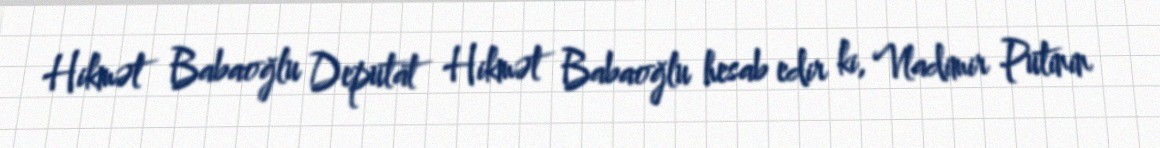
Hikmət Babaoğlu Deputat Hikmət Babaoğlu hesab edir ki, Vladimir Putinin